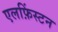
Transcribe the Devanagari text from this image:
एलफ़िंस्टन